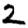
Digit: 2